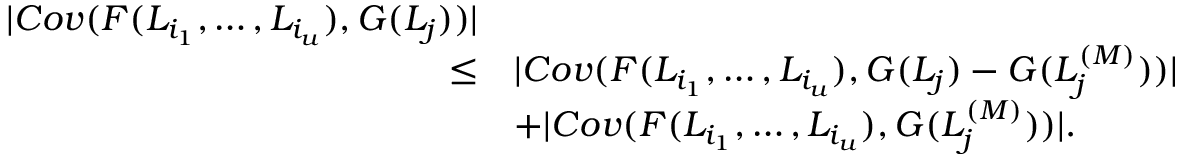
\begin{array} { r l } { | C o v ( F ( L _ { i _ { 1 } } , \ldots , L _ { i _ { u } } ) , G ( L _ { j } ) ) | } & { } \\ { \leq } & { | C o v ( F ( L _ { i _ { 1 } } , \ldots , L _ { i _ { u } } ) , G ( L _ { j } ) - G ( L _ { j } ^ { ( M ) } ) ) | } \\ & { + | C o v ( F ( L _ { i _ { 1 } } , \ldots , L _ { i _ { u } } ) , G ( L _ { j } ^ { ( M ) } ) ) | . } \end{array}